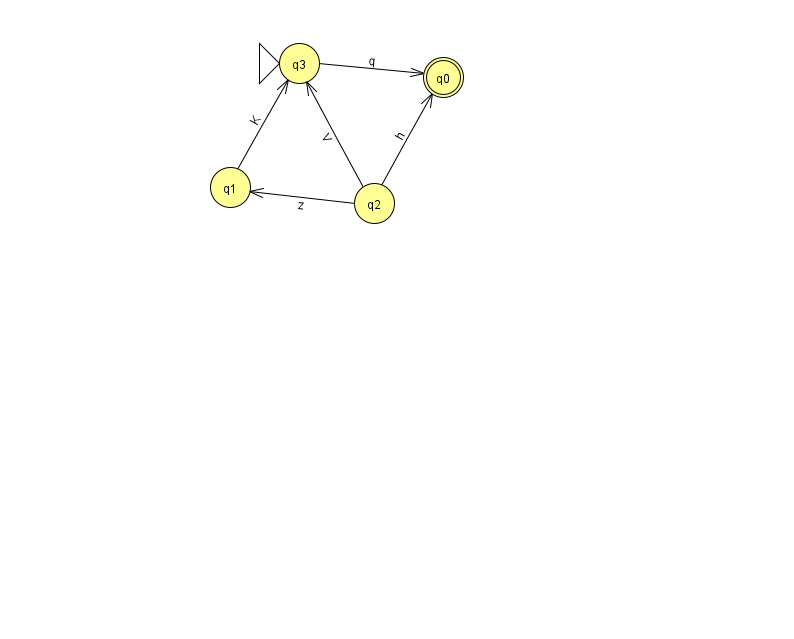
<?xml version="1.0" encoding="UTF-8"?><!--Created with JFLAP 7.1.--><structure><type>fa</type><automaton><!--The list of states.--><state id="0" name="q0"><x>443.0</x><y>64.0</y><final/></state><state id="1" name="q1"><x>230.0</x><y>174.0</y></state><state id="2" name="q2"><x>374.0</x><y>190.0</y></state><state id="3" name="q3"><x>299.0</x><y>50.0</y><initial/></state><!--The list of transitions.--><transition><from>1</from><to>3</to><read>K</read></transition><transition><from>2</from><to>3</to><read>V</read></transition><transition><from>2</from><to>1</to><read>z</read></transition><transition><from>3</from><to>0</to><read>q</read></transition><transition><from>2</from><to>0</to><read>h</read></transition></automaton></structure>